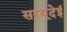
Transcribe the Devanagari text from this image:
सरयूदेई